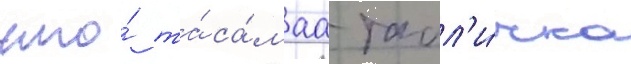
что́ та́ са́маа табл'и́чка